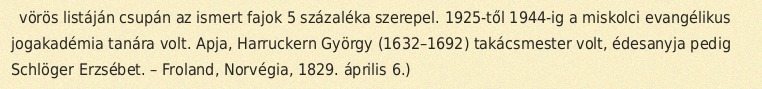
vörös listáján csupán az ismert fajok 5 százaléka szerepel. 1925-től 1944-ig a miskolci evangélikus jogakadémia tanára volt. Apja, Harruckern György (1632–1692) takácsmester volt, édesanyja pedig Schlöger Erzsébet. – Froland, Norvégia, 1829. április 6.)